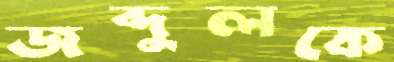
জব্দুলকে